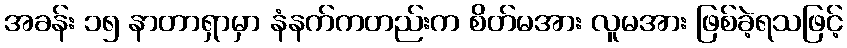
အခန်း ၁၅ နာတာရှာမှာ နံနက်ကတည်းက စိတ်မအား လူမအား ဖြစ်ခဲ့ရသဖြင့်